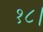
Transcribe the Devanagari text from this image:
१८।